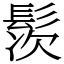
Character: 䯸